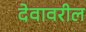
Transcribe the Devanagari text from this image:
देवावरील